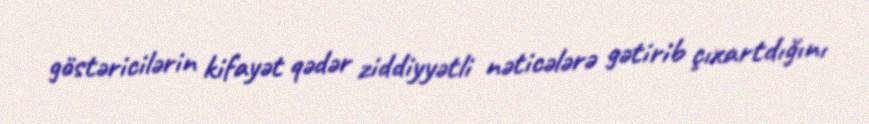
göstəricilərin kifayət qədər ziddiyyətli nəticələrə gətirib çıxartdığını